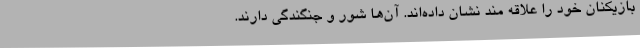
بازیکنان خود را علاقه مند نشان داده‌اند. آن‌ها شور و جنگندگی دارند.